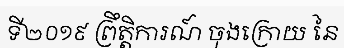
ទី២០១៩ ព្រឹត្តិការណ៍ ចុងក្រោយ នៃ